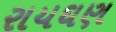
રાયઘણ